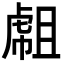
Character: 𧇇